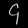
Digit: ၄